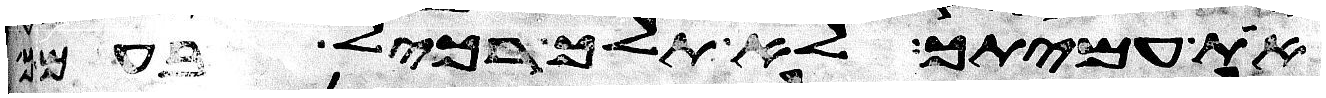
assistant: את עמיתך לא תלך רכיל בעמך